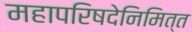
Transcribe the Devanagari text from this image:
महापरिषदेनिमित्त